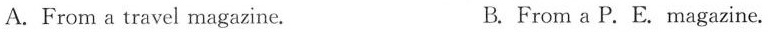
A.From a travel magazine. B. From a P.E. Magazine.